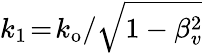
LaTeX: k_{1}\! =\! k_{\mathrm{o}}/\sqrt{1-\beta_{v}^{2}}